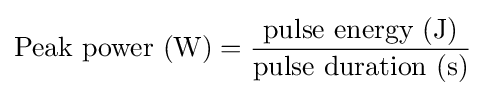
{\text{Peak power }}(\mathrm {W} )={\frac {{\text{pulse energy }}(\mathrm {J} )}{{\text{pulse duration }}(\mathrm {s} )}}